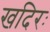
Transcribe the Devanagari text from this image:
खदिरः